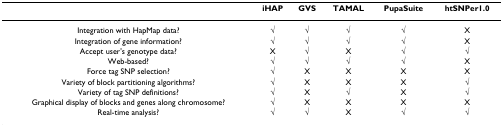
|  | iHAP | GVS | TAMAL | PupaSuite | htSNPer1.0 |
 | --- | --- | --- | --- | --- | --- |
 | Integration with HapMap data? | √ | √ | √ | √ | X |
 | Integration of gene information? | √ | √ | √ | √ | X |
 | Accept user's genotype data? | X | √ | X | √ | √ |
 | Web-based? | √ | √ | √ | √ | X |
 | Force tag SNP selection? | √ | X | X | X | X |
 | Variety of block partitioning algorithms? | √ | X | X | X | √ |
 | Variety of tag SNP definitions? | √ | X | √ | X | √ |
 | Graphical display of blocks and genes along chromosome? | √ | X | X | X | X |
 | Real-time analysis? | √ | √ | X | √ | √ |